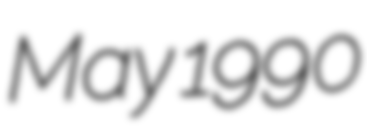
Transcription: May 1990